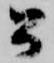
公